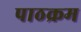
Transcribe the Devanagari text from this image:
पाठक्रम